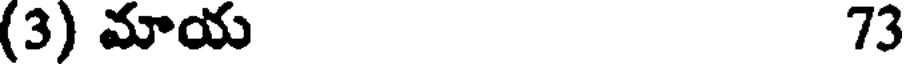
(3) మాయ 73